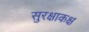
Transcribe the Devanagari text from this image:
सुरक्षाकक्ष